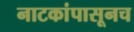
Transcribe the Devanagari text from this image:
नाटकांपासूनच